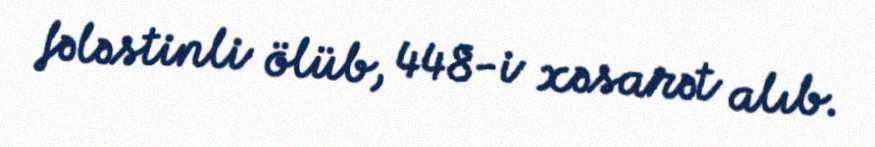
fələstinli ölüb, 448-i xəsarət alıb.